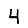
Digit: 4